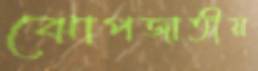
ঝোপজাতীয়